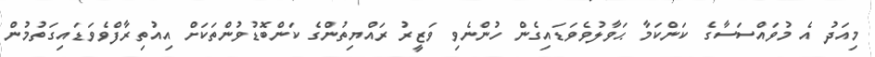
މިއަދު އެ މުވައްސަސާގެ ކަންކަމާ ޙަވާލުވެވަޑައިގެން ހުންނެވި ވަޒީރު ރައްޔިތުންގެ ކަންބޮޑުވުންތަކަށް އިއުތިރާފްވެވަޑައިގަތުމުން